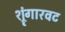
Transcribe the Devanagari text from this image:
श्रृंगारवट